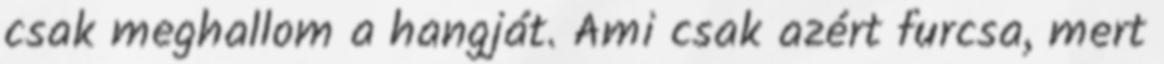
csak meghallom a hangját. Ami csak azért furcsa, mert